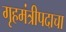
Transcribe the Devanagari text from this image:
गृहमंत्रीपदाचा